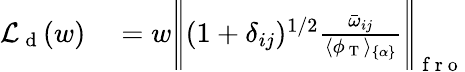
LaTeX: \begin{array}{rl}{\mathcal{L}_{\mathrm{~d~}}(w)}&{{}=w\Bigg|\! \Bigg|(1+\delta_{ij})^{1/2}\frac{\bar{\omega}_{ij}}{\langle\phi_{\mathrm{~T~}}\rangle_{\{ \alpha\} }}\Bigg|\! \Bigg|_{\mathrm{~f~r~o~}}}\end{array}